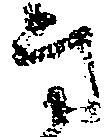
方